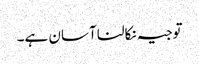
توجیہ نکالنا آسان ہے۔